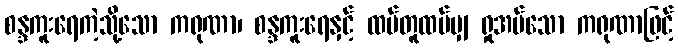
စန္ဒကူးရေကဲ့သို့သော ကရုဏာ၊ စန္ဒကူးရေနှင့် ထပ်တူထပ်မျှ ရှုအပ်သော ကရုဏာဖြင့်